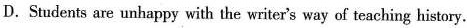
D.Students are unhappy with the writer's way of teaching history.